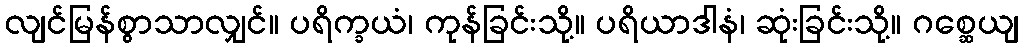
လျင်မြန်စွာသာလျှင်။ ပရိက္ခယံ၊ ကုန်ခြင်းသို့။ ပရိယာဒါနံ၊ ဆုံးခြင်းသို့။ ဂစ္ဆေယျ